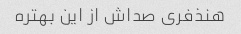
هنذفری صداش از این بهتره